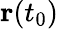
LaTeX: \mathbf{r}(t_{0})